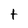
Character: t